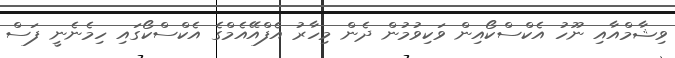
ވިޝާމްއާއި ނޫހު އެކްސްކޯއިން ވަކިވުމުން ދެން މިހާރު އެފްއޭއެމްގެ އެކްސްކޯގައި ހިމެނެނީ ފަސް